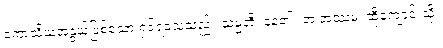
ကောသိယအနွယ်ဖြစ်သော ရှင်ရသေ့သည်။ သမ္မတိ၊ နေ၏။ တံ အဿမံ၊ ထိုကျောင်းသို့။